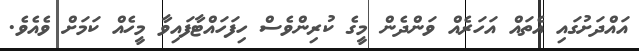
އައްދަށުގައި އެތައް އަހަރެއް ވަންދެން މީގެ ކުރިންވެސް ހިފަހައްޓާފައިވާ މީހެއް ކަމަށް ވެއެވެ.